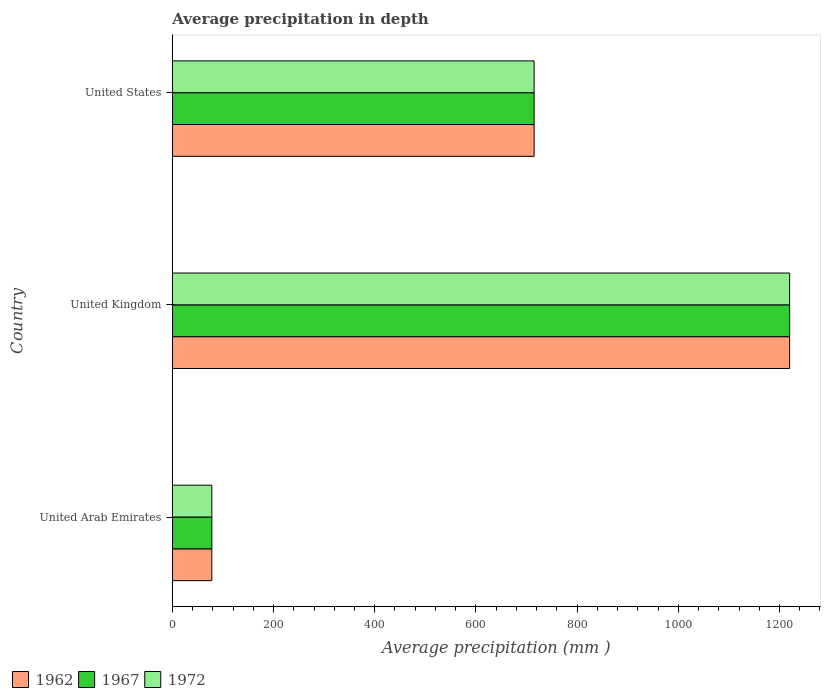
| Country | 1962 | 1967 | 1972 |
 | --- | --- | --- | --- |
 | United Arab Emirates | 78 | 78 | 78 |
 | United Kingdom | 1.22e+03 | 1.22e+03 | 1.22e+03 |
 | United States | 715 | 715 | 715 |